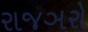
રાજઞરો